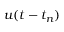
u ( t - t _ { n } )